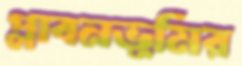
প্লাবনভূমির